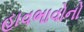
હાવભાવોનો